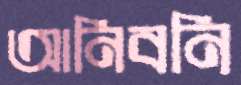
আনিবনি